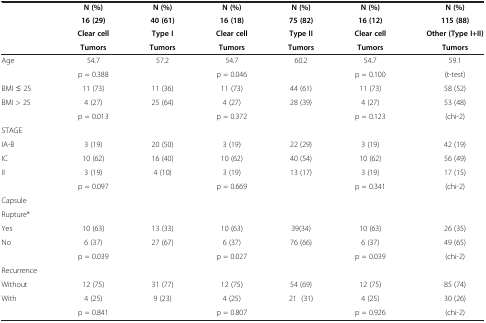
<table><thead><tr><td><b> </b></td><td><b>N (%)</b></td><td><b>N (%)</b></td><td><b>N (%)</b></td><td><b>N (%)</b></td><td><b>N (%)</b></td><td><b>N (%)</b></td></tr><tr><td><b> </b></td><td><b>16 (29)</b></td><td><b>40 (61)</b></td><td><b>16 (18)</b></td><td><b>75 (82)</b></td><td><b>16 (12)</b></td><td><b>115 (88)</b></td></tr><tr><td><b> </b></td><td><b>Clear cell</b></td><td><b>Type I</b></td><td><b>Clear cell</b></td><td><b>Type II</b></td><td><b>Clear cell</b></td><td><b>Other (Type I+II)</b></td></tr><tr><td><b> </b></td><td><b>Tumors</b></td><td><b>Tumors</b></td><td><b>Tumors</b></td><td><b>Tumors</b></td><td><b>Tumors</b></td><td><b>Tumors</b></td></tr></thead><tbody><tr><td>Age</td><td>54.7</td><td>57.2</td><td>54.7</td><td>60.2</td><td>54.7</td><td>59.1</td></tr><tr><td> </td><td>p = 0.388</td><td> </td><td>p = 0.046</td><td> </td><td>p = 0.100</td><td>(t-test)</td></tr><tr><td>BMI ≤ 25</td><td>11 (73)</td><td>11 (36)</td><td>11 (73)</td><td>44 (61)</td><td>11 (73)</td><td>58 (52)</td></tr><tr><td>BMI &gt; 25</td><td>4 (27)</td><td>25 (64)</td><td>4 (27)</td><td>28 (39)</td><td>4 (27)</td><td>53 (48)</td></tr><tr><td> </td><td>p = 0.013</td><td> </td><td>p = 0.372</td><td> </td><td>p = 0.123</td><td>(chi-2)</td></tr><tr><td>STAGE</td><td> </td><td> </td><td> </td><td> </td><td> </td><td> </td></tr><tr><td>IA-B</td><td>3 (19)</td><td>20 (50)</td><td>3 (19)</td><td>22 (29)</td><td>3 (19)</td><td>42 (19)</td></tr><tr><td>IC</td><td>10 (62)</td><td>16 (40)</td><td>10 (62)</td><td>40 (54)</td><td>10 (62)</td><td>56 (49)</td></tr><tr><td>II</td><td>3 (19)</td><td>4 (10)</td><td>3 (19)</td><td>13 (17)</td><td>3 (19)</td><td>17 (15)</td></tr><tr><td> </td><td>p = 0.097</td><td> </td><td>p = 0.669</td><td> </td><td>p = 0.341</td><td>(chi-2)</td></tr><tr><td>Capsule</td><td> </td><td> </td><td> </td><td> </td><td> </td><td> </td></tr><tr><td>Rupture*</td><td> </td><td> </td><td> </td><td> </td><td> </td><td> </td></tr><tr><td>Yes</td><td>10 (63)</td><td>13 (33)</td><td>10 (63)</td><td>39(34)</td><td>10 (63)</td><td>26 (35)</td></tr><tr><td>No</td><td>6 (37)</td><td>27 (67)</td><td>6 (37)</td><td>76 (66)</td><td>6 (37)</td><td>49 (65)</td></tr><tr><td> </td><td>p = 0.039</td><td> </td><td>p = 0.027</td><td> </td><td>p = 0.039</td><td>(chi-2)</td></tr><tr><td>Recurrence</td><td> </td><td> </td><td> </td><td> </td><td> </td><td> </td></tr><tr><td>Without</td><td>12 (75)</td><td>31 (77)</td><td>12 (75)</td><td>54 (69)</td><td>12 (75)</td><td>85 (74)</td></tr><tr><td>With</td><td>4 (25)</td><td>9 (23)</td><td>4 (25)</td><td>21 (31)</td><td>4 (25)</td><td>30 (26)</td></tr><tr><td> </td><td>p = 0.841</td><td> </td><td>p = 0.807</td><td> </td><td>p = 0.926</td><td>(chi-2)</td></tr></tbody></table>